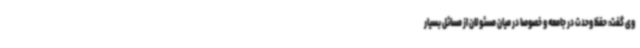
وی گفت: حفظ وحدت در جامعه و خصوصاً در میان مسئولان از مسائل بسیار